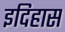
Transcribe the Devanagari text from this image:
इदिहास